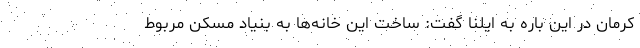
کرمان در این باره به ایلنا گفت: ساخت این خانه‌ها به بنیاد مسکن مربوط